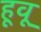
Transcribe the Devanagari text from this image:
हूवू